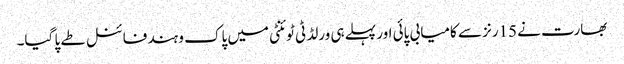
بھارت نے 15رنز سے کامیابی پائی اور پہلے ہی ورلڈ ٹی ٹوئنٹی میں پاک و ہند فائنل طے پا گیا۔